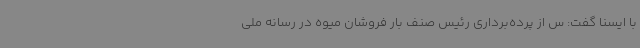
با ایسنا گفت: س از پرده‌برداری رئیس صنف بار فروشان میوه در رسانه ملی